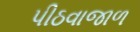
પીઠવાજાળ